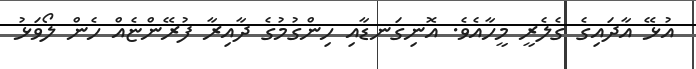
އުޅޭ އާދައިގެ ގެލެރީ މީހާއެވެ. އޮނިގަނޑާއި ހިންގުމުގެ ދާއިރާ ފުރޭންޏެއް ހެން ލޯވަޅު